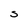
Character: S